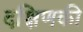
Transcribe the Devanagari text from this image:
दक्षिणकी